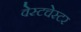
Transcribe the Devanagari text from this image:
वेस्‍टचेस्‍टर